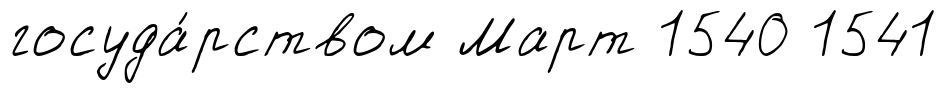
госуда́рством Март 1540 1541